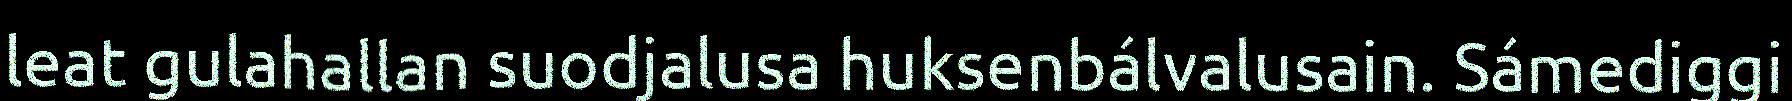
leat gulahallan suodjalusa huksenbálvalusain. Sámediggi